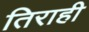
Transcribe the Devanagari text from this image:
तिराही